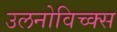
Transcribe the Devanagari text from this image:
उलनोविच्क्स